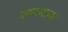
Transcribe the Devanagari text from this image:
अमरमाला